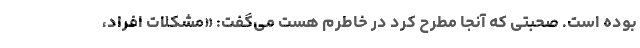
بوده است. صحبتی که آنجا مطرح کرد در خاطرم هست می‌گفت: «مشکلات افراد،